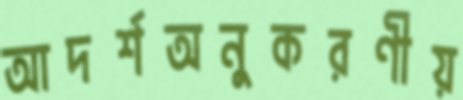
আদর্শঅনুকরণীয়